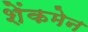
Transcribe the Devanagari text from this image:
शेंकमेन